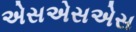
એસએસએસ